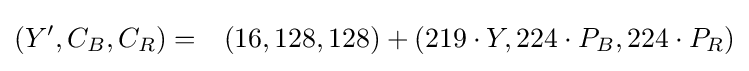
{\begin{aligned}(Y',C_{B},C_{R})&=&(16,128,128)+(219\cdot Y,224\cdot P_{B},224\cdot P_{R})\\\end{aligned}}